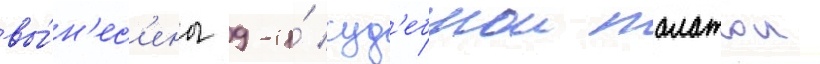
вы́н'ес'ены 9-и́ суд'ебнои палатои